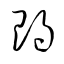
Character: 朗